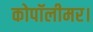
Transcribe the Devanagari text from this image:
कोपॉलीमर।